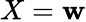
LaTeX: X=\mathbf{w}